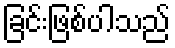
ခြင်းဖြစ်ပါသည်